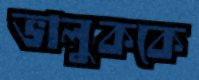
ভালুককে